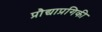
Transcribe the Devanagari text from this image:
प्रौद्याप्रगिकी